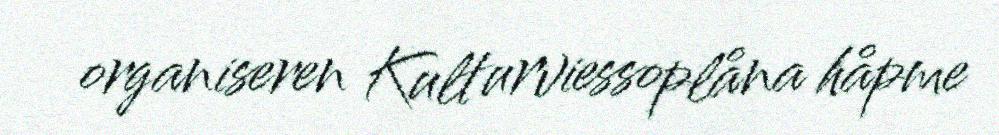
organiseren Kulturviessoplåna håpme